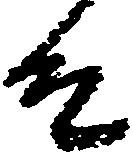
殿